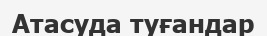
Атасуда туғандар